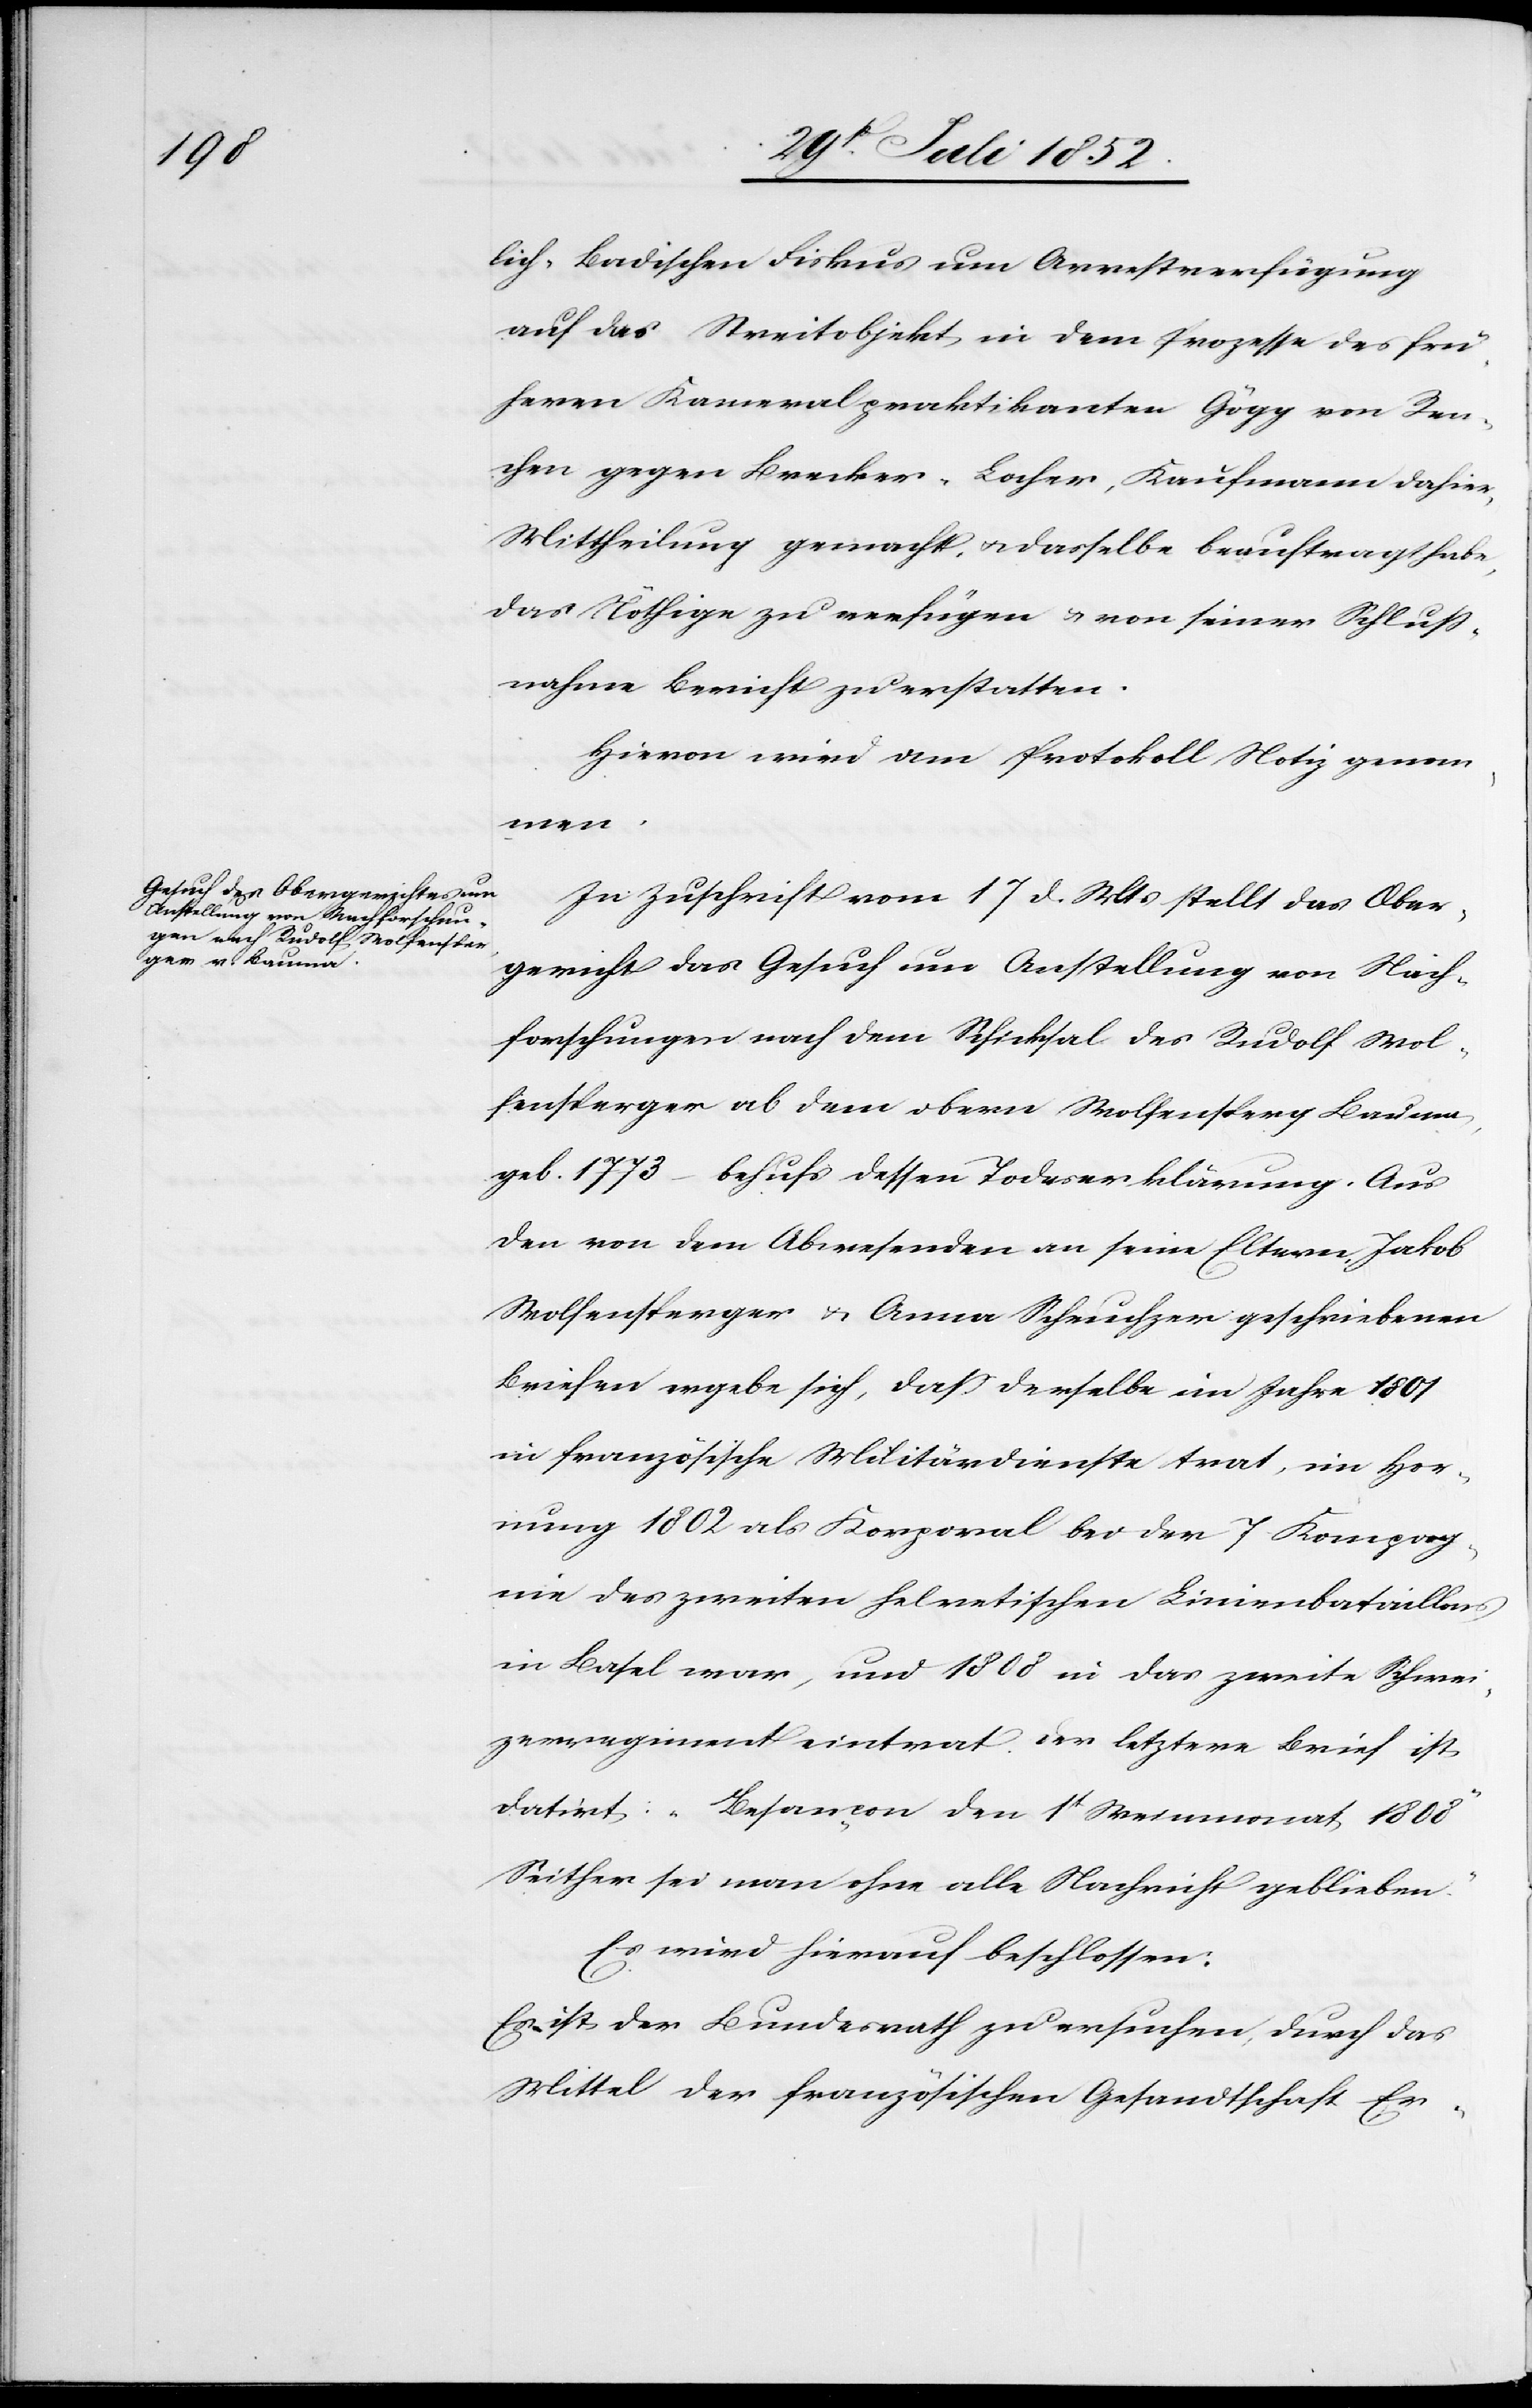
lich-Badischen Fiskus um Arrestverfügung
auf das Streitobjekt in dem Prozesse des frü¬
heren Kameralpraktikanten Gögg von Ren¬
chen gegen Brecker-Locher, Kaufmann dahier,
Mittheilung gemacht, & dasselbe beauftragt habe,
das Nöthige zu verfügen & von seiner Schluss¬
nahme Bericht zu erstatten.
Hievon wird am Protokoll Notiz genom¬
men.
In Zuschrift vom 17 d. Mts stellt das Ober¬
gericht das Gesuch um Anstellung von Nach¬
forschungen nach dem Schicksal des Rudolf Wol¬
fensperger ab dem obern Wolfensperg Bauma,
geb. 1773 – behufs dessen Todeserklärung. Aus
den von dem Abwesenden an seine Eltern Jakob
Wolfensperger & Anna Scheuchzer geschriebenen
Briefen ergebe sich, dass derselbe im Jahre 1801
in französische Militärdienste trat, im Hor¬
nung 1802 als Korporal bei der 7 Kompag¬
nie des zweiten helvetischen Linienbataillons
in Basel war, und 1808 in das zweite Schwei¬
zerregiment eintrat. Der letztere Brief ist
datirt: „Besançon den 1t Weinmonat 1808“
Seither sei man ohne alle Nachricht geblieben.
Es wird hierauf beschlossen:
Es ist der Bundesrath zu ersuchen, durch das
Mittel der französischen Gesandtschaft Er-